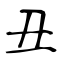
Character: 丑